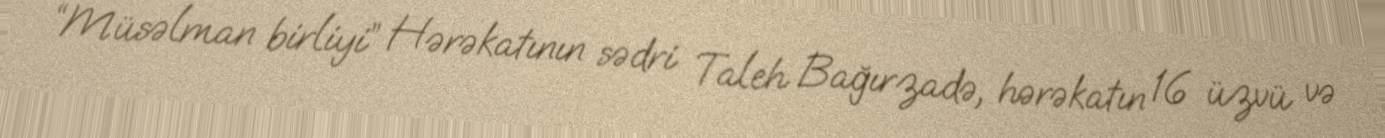
“Müsəlman birliyi” Hərəkatının sədri Taleh Bağırzadə, hərəkatın 16 üzvü və